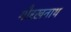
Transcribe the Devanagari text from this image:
गौरखनाथ